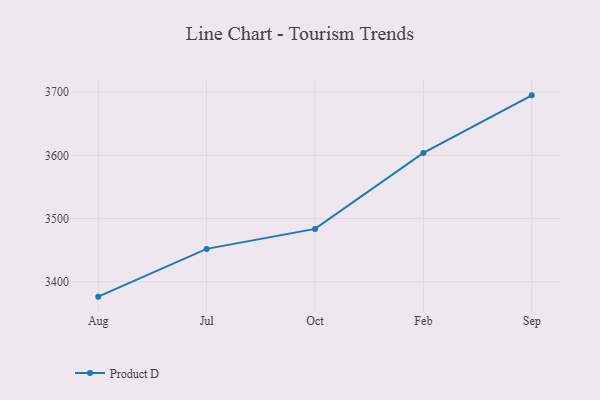
{"axis": {"x": "Month", "y": "Waste Production (Tons)"}, "legend": ["Product D"], "data": [{"x": "Aug", "y": 3376.4, "type": "Product D"}, {"x": "Jul", "y": 3452.0, "type": "Product D"}, {"x": "Oct", "y": 3483.6, "type": "Product D"}, {"x": "Feb", "y": 3603.8, "type": "Product D"}, {"x": "Sep", "y": 3695.0, "type": "Product D"}]}